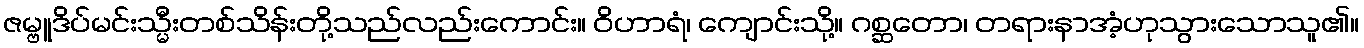
ဇမ္ဗူဒိပ်မင်းသ္မီးတစ်သိန်းတို့သည်လည်းကောင်း။ ဝိဟာရံ၊ ကျောင်းသို့။ ဂစ္ဆတော၊ တရားနာအံ့ဟုသွားသောသူ၏။